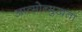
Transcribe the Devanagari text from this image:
आत्मोन्मुखता